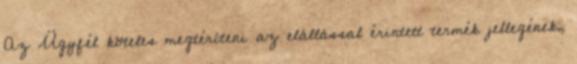
Az Ügyfél köteles megtéríteni az elállással érintett termék jellegének,